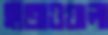
হাতাওয়ালা